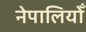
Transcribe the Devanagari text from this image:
नेपालियोँ